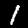
Label: 1